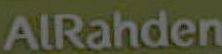
AlRahden